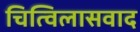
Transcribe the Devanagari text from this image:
चित्विलासवाद